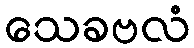
သေခဗလံ